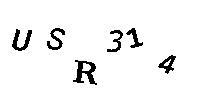
USR314